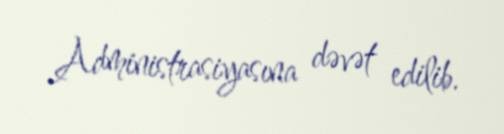
Administrasiyasına dəvət edilib.